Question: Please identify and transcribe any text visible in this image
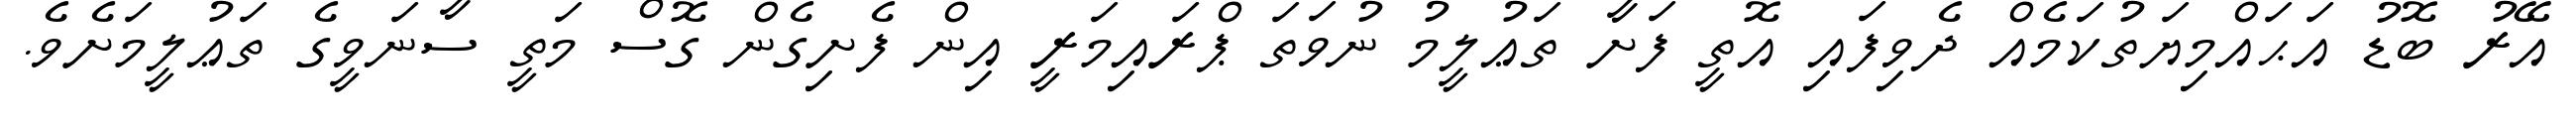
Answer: އޭރު ބޮޑު އަޙައްމިޔަތުކަމެއް ދެވިފައި އޮތީ ފަށާ ތަޢުލީމު ނުވަތަ ޕްރައިމަރީ އިން ފެށިގެން ގޮސް މަތީ ސާނަވީގެ ތަޢުލީމަށެވެ.